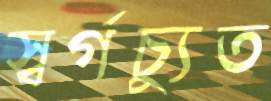
স্বর্গচ্যুত